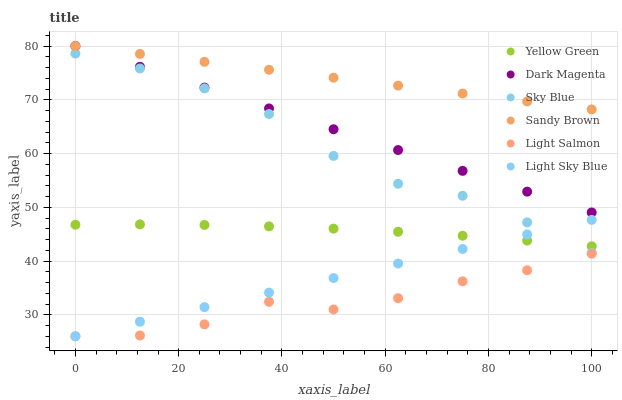
| xaxis_label | Yellow Green | Dark Magenta | Sky Blue | Sandy Brown | Light Salmon | Light Sky Blue |
 | --- | --- | --- | --- | --- | --- | --- |
 | 0 | 46.8 | 80 | 78.6 | 80 | 26 | 26 |
 | 12.5 | 46.8 | 76.1 | 75.8 | 78.5 | 26.1 | 28.7 |
 | 25 | 46.7 | 72.3 | 72.1 | 77.1 | 28.2 | 31.4 |
 | 37.5 | 46.4 | 68.4 | 67.3 | 75.6 | 32.4 | 34.1 |
 | 50 | 46 | 64.5 | 59.6 | 74.1 | 31 | 36.8 |
 | 62.5 | 45.4 | 60.6 | 54.4 | 72.6 | 33.1 | 39.5 |
 | 75 | 44.7 | 56.8 | 52.1 | 71.2 | 36.2 | 42.2 |
 | 87.5 | 43.8 | 52.9 | 47.2 | 69.7 | 38.3 | 44.9 |
 | 100 | 42.7 | 49 | 41.5 | 68.2 | 41.4 | 47.7 |